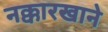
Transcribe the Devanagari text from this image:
नक्कारखाने